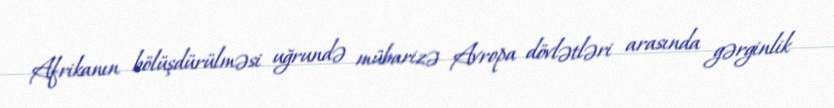
Afrikanın bölüşdürülməsi uğrundə mübarizə Avropa dövlətləri arasında gərginlik